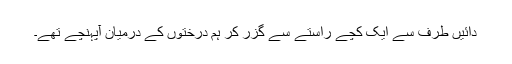
دائیں طرف سے ایک کچے راستے سے گزر کر ہم درختوں کے درمیان آپہنچے تھے۔